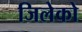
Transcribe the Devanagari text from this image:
जिलेको